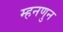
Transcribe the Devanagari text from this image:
म्हनणुन